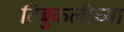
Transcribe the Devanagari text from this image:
टिबुकलीच्‍या